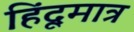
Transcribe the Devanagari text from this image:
हिंदूमात्र